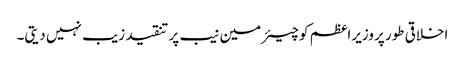
اخلاقی طور پروزیراعظم کو چیئرمین نیب پر تنقید زیب نہیں دیتی۔